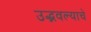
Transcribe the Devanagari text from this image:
उद्भवल्याचे